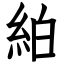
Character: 絈